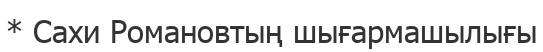
* Сахи Романовтың шығармашылығы